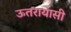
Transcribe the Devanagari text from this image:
ऊतरायासी